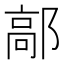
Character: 鄗